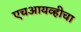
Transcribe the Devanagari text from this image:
एचआयव्हीचा